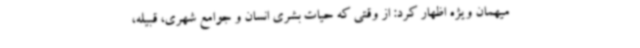
میهمان ویژه اظهار کرد: از وقتی که حیات بشری انسان و جوامع شهری، قبیله،